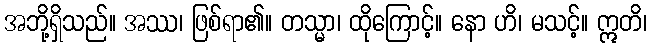
အဘို့ရှိသည်။ အဿ၊ ဖြစ်ရာ၏။ တသ္မာ၊ ထိုကြောင့်။ နော ဟိ၊ မသင့်။ ဣတိ၊